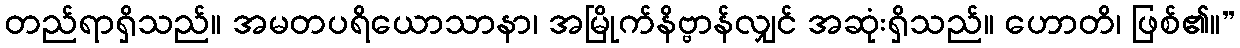
တည်ရာရှိသည်။ အမတပရိယောသာနာ၊ အမြိုက်နိဗ္ဗာန်လျှင် အဆုံးရှိသည်။ ဟောတိ၊ ဖြစ်၏။”